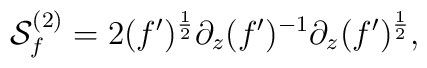
{\cal S}^{(2)}_f=2(f')^{1\over 2}\partial_z (f')^{-1}\partial_z(f')^{1\over 2},